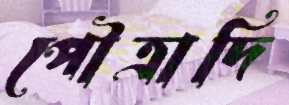
পৌত্রাদি